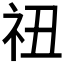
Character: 𬒰